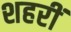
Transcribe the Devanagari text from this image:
शहरीं